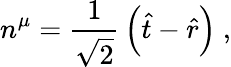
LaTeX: n^{\mu}={\frac{1}{\sqrt{2}}}\left({\hat{t}}-{\hat{r}}\right)\ ,